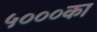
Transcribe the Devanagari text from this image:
५०००का